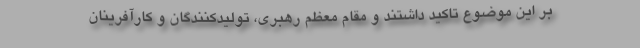
بر این موضوع تاکید داشتند و مقام معظم رهبری، تولیدکنندگان و کارآفرینان